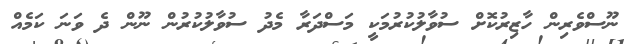
ނޫސްވެރިން ހާޒިރުކޮށް ސުވާލުކުރުމަކީ މަސްދަރާ މެދު ސުވާލުކުރުން ނޫން ދެ ވަނަ ކަމެއް